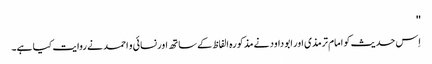
''
اِس حدیث کو امام ترمذی اور ابو داود نے مذکورہ الفاظ کے ساتھ اور نسائی و احمد نے روایت کیا ہے۔